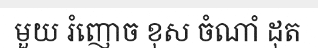
មួយ រំញោច ខុស ចំណាំ ដុត